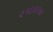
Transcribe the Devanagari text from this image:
२१६७४४७